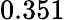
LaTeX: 0.351